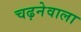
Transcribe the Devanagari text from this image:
चढ़नेवाला